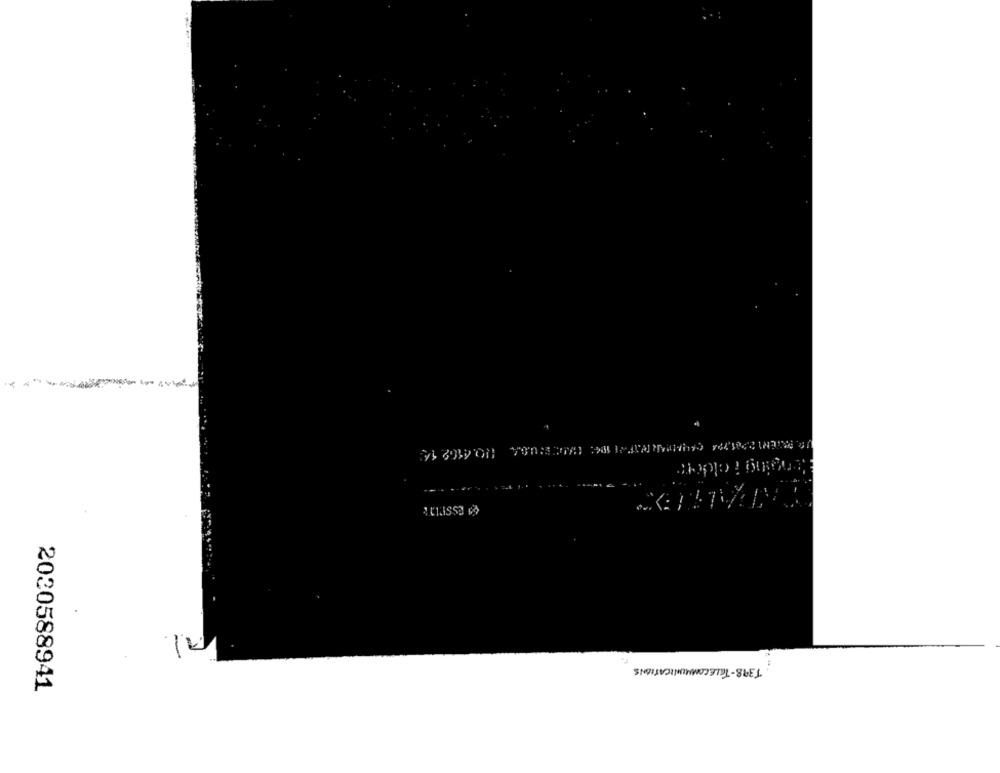
Al
T398-TELECOMMUNICATIONS
2030588941